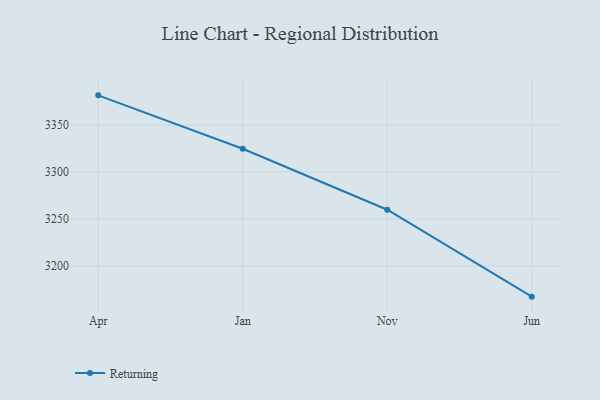
{"axis": {"x": "Month", "y": "Active Users"}, "legend": ["Returning"], "data": [{"x": "Apr", "y": 3381.6, "type": "Returning"}, {"x": "Jan", "y": 3324.7, "type": "Returning"}, {"x": "Nov", "y": 3259.8, "type": "Returning"}, {"x": "Jun", "y": 3167.2, "type": "Returning"}]}